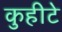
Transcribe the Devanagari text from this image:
कुहीटे